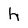
Character: h